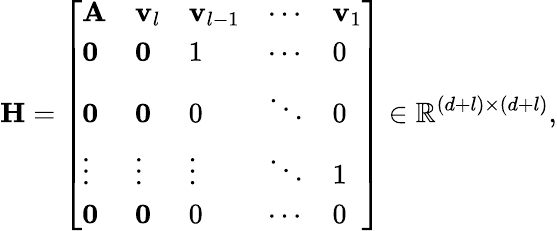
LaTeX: \mathbf{H}={\left[\begin{array}{lllll}{\mathbf{A}}&{\mathbf{v}_{l}}&{\mathbf{v}_{l-1}}&{\cdots}&{\mathbf{v}_{1}}\\ {\mathbf{0}}&{\mathbf{0}}&{1}&{\cdots}&{0}\\ {\mathbf{0}}&{\mathbf{0}}&{0}&{\ddots}&{0}\\ {\vdots}&{\vdots}&{\vdots}&{\ddots}&{1}\\ {\mathbf{0}}&{\mathbf{0}}&{0}&{\cdots}&{0}\end{array}\right]}\in\mathbb{R}^{(d+l)\times(d+l)},